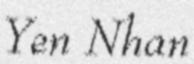
Yen Nhan